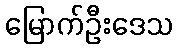
မြောက်ဦးဒေသ